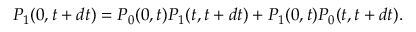
P _ { 1 } ( 0 , t + d t ) = P _ { 0 } ( 0 , t ) P _ { 1 } ( t , t + d t ) + P _ { 1 } ( 0 , t ) P _ { 0 } ( t , t + d t ) .